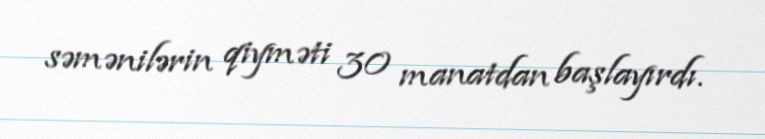
səmənilərin qiyməti 30 manatdan başlayırdı.